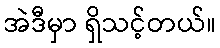
အဲဒီမှာ ရှိသင့်တယ်။